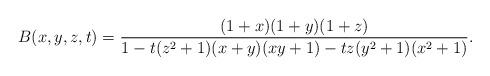
LaTeX: \begin{align*} B(x,y,z,t) =\frac{(1+x)(1+y)(1+z)}{1-t(z^2+1)(x+y)(xy+1)-tz(y^2+1)(x^2+1)}.\end{align*}